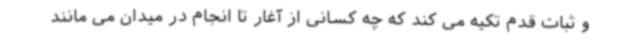
و ثبات قدم تکیه می کند که چه کسانی از آغار تا انجام در میدان می مانند